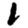
Digit: 1